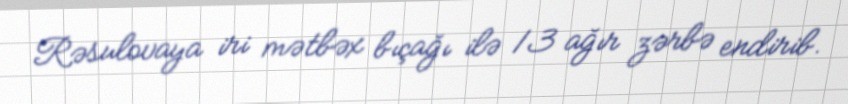
Rəsulovaya iri mətbəx bıçağı ilə 13 ağır zərbə endirib.